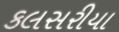
કલસરીયા